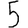
Digit: 5